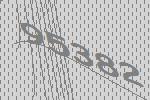
95382